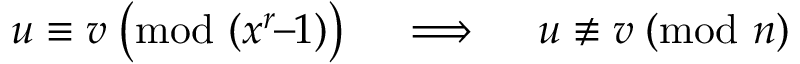
u \equiv v \; { \bigl ( } { \mathrm { m o d ~ } } ( x ^ { r } \! \! - \! \! 1 ) { \bigr ) } \quad \implies \quad u \not \equiv v \; ( { \mathrm { m o d ~ } } n )